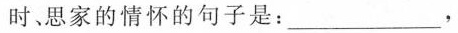
时，思家的情怀的句子是：___，